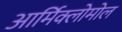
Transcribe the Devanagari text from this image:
आर्मिक्लोमोल